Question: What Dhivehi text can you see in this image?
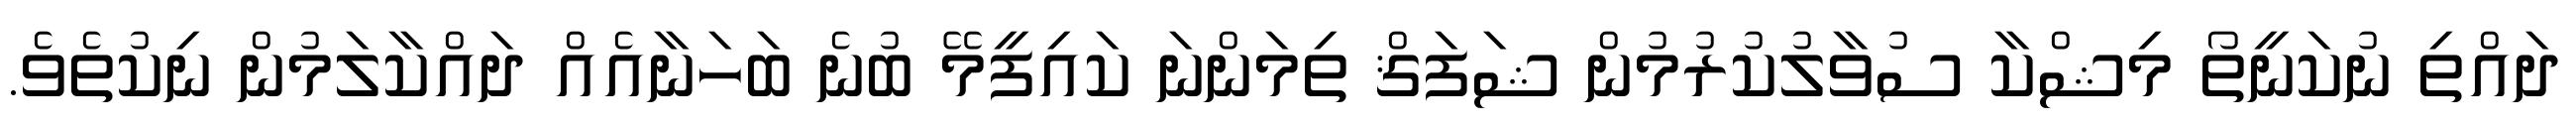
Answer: ދައްތި ނުކަނީތޯ މިޝްކާ ސުވާލުކުރުމުން ޝަފަޤް ތިމަންނަ ކައިފީމޭ ބުނެ ބަހަނާއެއް ދައްކާލަމުން ނިކުތެވެ.